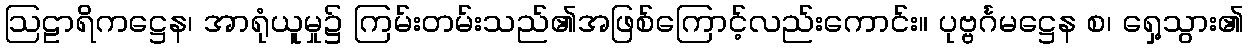
ဩဠာရိကဋ္ဌေန၊ အာရုံယူမှု၌ ကြမ်းတမ်းသည်၏အဖြစ်ကြောင့်လည်းကောင်း။ ပုဗ္ဗင်္ဂမဋ္ဌေန စ၊ ရှေ့သွား၏